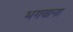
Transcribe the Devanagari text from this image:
भगवाना